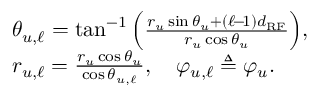
\begin{array} { r l } & { \theta _ { u , \ell } = \tan ^ { - 1 } \Big ( \frac { r _ { u } \sin \theta _ { u } + ( \ell \! - \! 1 ) d _ { \mathrm { R F } } } { r _ { u } \cos \theta _ { u } } \Big ) , } \\ & { r _ { u , \ell } = \frac { r _ { u } \cos \theta _ { u } } { \cos \theta _ { u , \ell } } , \quad \varphi _ { u , \ell } \triangleq \varphi _ { u } . } \end{array}